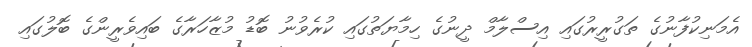
އެމަނިކުފާނުގެ ތަގުރީރުގައި އިސްލާމް ދީނުގެ ހިމާޔަތުގައި ކުރެވުނު ބޮޑު މުޒާހަރާގެ ބައިވެރީންގެ ބޮލުގައި